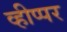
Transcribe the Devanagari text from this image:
व्हीप्पर